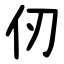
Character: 仞